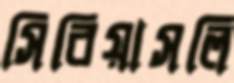
সিরিয়াসলি